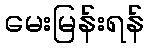
မေးမြန်းရန်